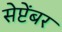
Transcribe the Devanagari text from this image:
सेप्टेंबर